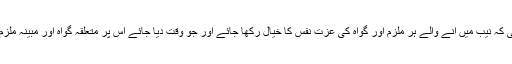
چیئرمین نیب نے ہدایت کی کہ نیب میں آنے والے ہر ملزم اور گواہ کی عزت نفس کا خیال رکھا جائے اور جو وقت دیا جائے اس پر متعلقہ گواہ اور مبینہ ملزم کا بیان ریکارڈ کیا جائے۔